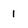
Character: 1